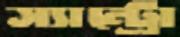
স্যান্ট্রো